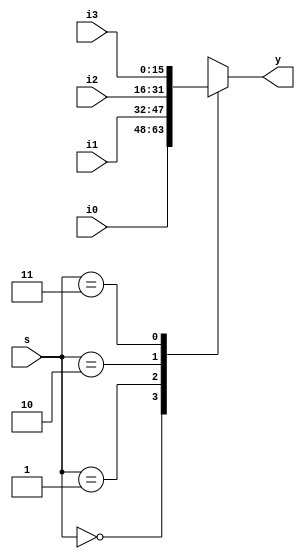
module mux16_4to1(
	input [15:0] i3, i2, i1, i0,
	input [1:0] s,
	output reg [15:0] y
);

	always @(*)
	begin
	
		case (s)
			2'b00 	: y = i0;
			2'b01 	: y = i1;
			2'b10 	: y = i2;
			2'b11 	: y = i3;
		endcase
	end
	
endmodule